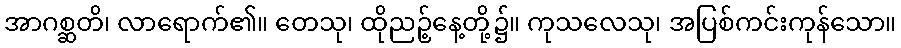
အာဂစ္ဆတိ၊ လာရောက်၏။ တေသု၊ ထိုညဉ့်နေ့တို့၌။ ကုသလေသု၊ အပြစ်ကင်းကုန်သော။